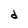
Character: d